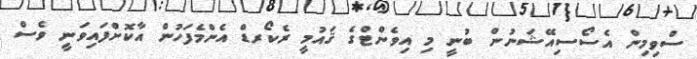
ސްވިމިން އެސޯސިއޭޝަނުން ބުނީ މި އިވެންޓްގެ ޤައުމީ ރެކޯރޑް އެންމެފަހުން އާކޮށްފައިވަނީ ވެސް